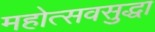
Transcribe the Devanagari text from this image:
महोत्सवसुद्धा